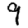
Digit: 9